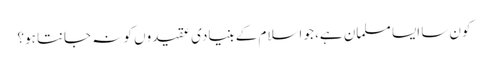
کون سا ایسا مسلمان ہے، جو اسلام کے بنیادی عقیدوں کو نہ جانتا ہو؟